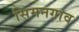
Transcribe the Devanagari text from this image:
सिमनगाव